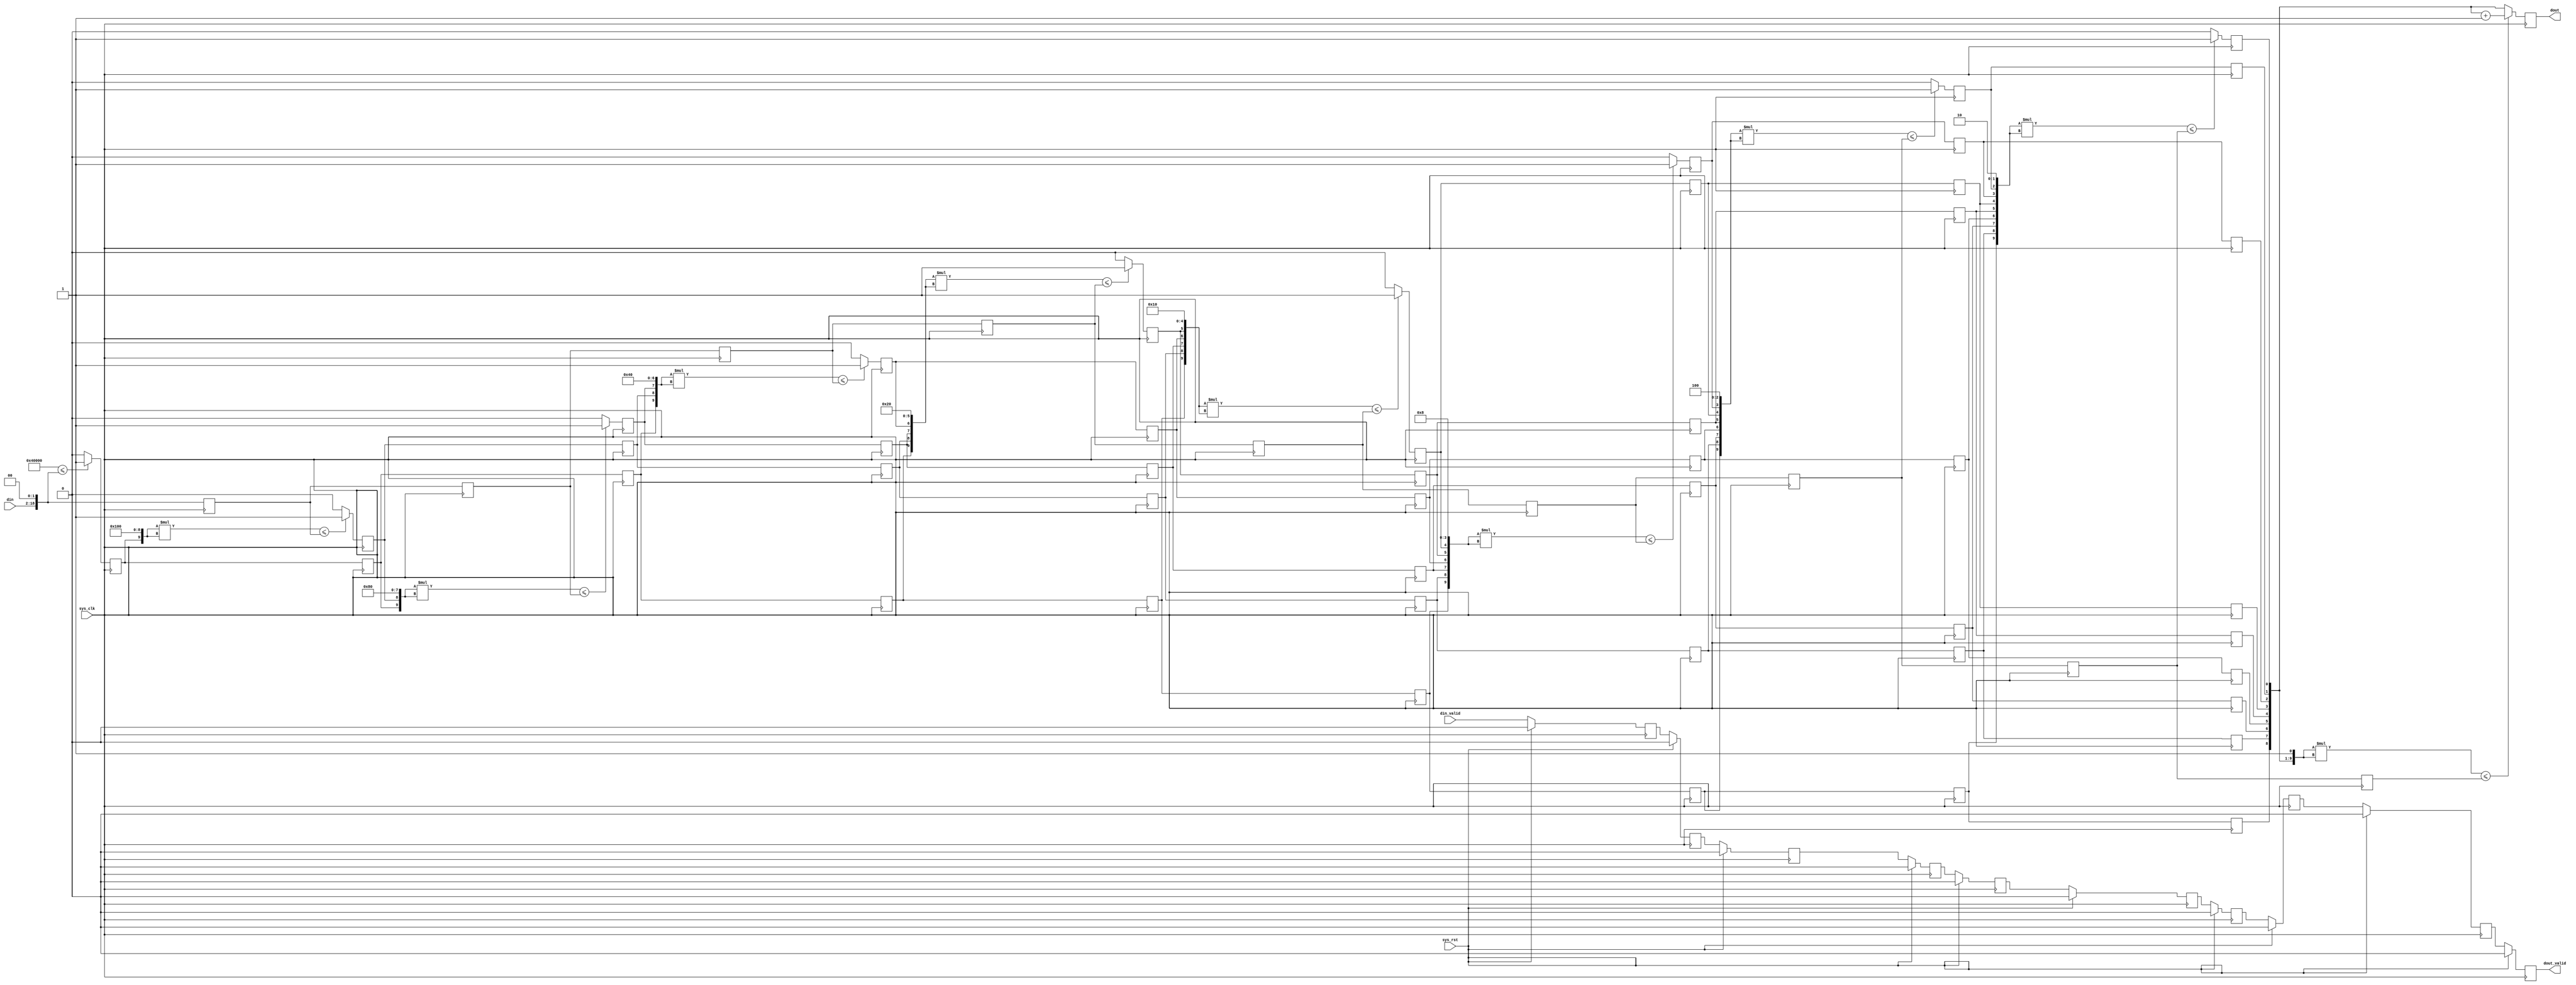
module sqrt
(
    input  wire                 sys_clk     ,
    input  wire                 sys_rst     ,
    input  wire     [16:0]      din         ,
    input  wire                 din_valid   ,
    output wire     [ 8:0]      dout        ,
    output wire                 dout_valid
);
//----------------------------------------------------------------------
//  c1
reg             [18:0]          data_c1;

always @(posedge sys_clk)
begin
    data_c1 <= {din,2'b0};
end

wire            [19:0]          mult_c1;
assign mult_c1 = 10'b10_0000_0000 * 10'b10_0000_0000;

reg                             bit8_c1;

always @(posedge sys_clk)
begin
    if(mult_c1 <= {din,2'b0})
        bit8_c1 <= 1'b1;
    else
        bit8_c1 <= 1'b0;
end

reg                             data_valid_c1;

always @(posedge sys_clk)
begin
    if(sys_rst == 1'b1)
        data_valid_c1 <= 1'b0;
    else
        data_valid_c1 <= din_valid;
end

//----------------------------------------------------------------------
//  c2
reg             [18:0]          data_c2;
reg                             bit8_c2;

always @(posedge sys_clk)
begin
    data_c2 <= data_c1;
    bit8_c2 <= bit8_c1;
end

wire            [19:0]          mult_c2;
assign mult_c2 = {bit8_c1,9'b1_0000_0000} * {bit8_c1,9'b1_0000_0000};

reg                             bit7_c2;

always @(posedge sys_clk)
begin
    if(mult_c2 <= data_c1)
        bit7_c2 <= 1'b1;
    else
        bit7_c2 <= 1'b0;
end

reg                             data_valid_c2;

always @(posedge sys_clk)
begin
    if(sys_rst == 1'b1)
        data_valid_c2 <= 1'b0;
    else
        data_valid_c2 <= data_valid_c1;
end

//----------------------------------------------------------------------
//  c3
reg             [18:0]          data_c3;
reg                             bit8_c3;
reg                             bit7_c3;

always @(posedge sys_clk)
begin
    data_c3 <= data_c2;
    bit8_c3 <= bit8_c2;
    bit7_c3 <= bit7_c2;
end

wire            [19:0]          mult_c3;
assign mult_c3 = {bit8_c2,bit7_c2,8'b1000_0000} * {bit8_c2,bit7_c2,8'b1000_0000};

reg                             bit6_c3;

always @(posedge sys_clk)
begin
    if(mult_c3 <= data_c2)
        bit6_c3 <= 1'b1;
    else
        bit6_c3 <= 1'b0;
end

reg                             data_valid_c3;

always @(posedge sys_clk)
begin
    if(sys_rst == 1'b1)
        data_valid_c3 <= 1'b0;
    else
        data_valid_c3 <= data_valid_c2;
end

//----------------------------------------------------------------------
//  c4
reg             [18:0]          data_c4;
reg                             bit8_c4;
reg                             bit7_c4;
reg                             bit6_c4;

always @(posedge sys_clk)
begin
    data_c4 <= data_c3;
    bit8_c4 <= bit8_c3;
    bit7_c4 <= bit7_c3;
    bit6_c4 <= bit6_c3;
end

wire            [19:0]          mult_c4;
assign mult_c4 = {bit8_c3,bit7_c3,bit6_c3,7'b100_0000} * {bit8_c3,bit7_c3,bit6_c3,7'b100_0000};

reg                             bit5_c4;

always @(posedge sys_clk)
begin
    if(mult_c4 <= data_c3)
        bit5_c4 <= 1'b1;
    else
        bit5_c4 <= 1'b0;
end

reg                             data_valid_c4;

always @(posedge sys_clk)
begin
    if(sys_rst == 1'b1)
        data_valid_c4 <= 1'b0;
    else
        data_valid_c4 <= data_valid_c3;
end

//----------------------------------------------------------------------
//  c5
reg             [18:0]          data_c5;
reg                             bit8_c5;
reg                             bit7_c5;
reg                             bit6_c5;
reg                             bit5_c5;

always @(posedge sys_clk)
begin
    data_c5 <= data_c4;
    bit8_c5 <= bit8_c4;
    bit7_c5 <= bit7_c4;
    bit6_c5 <= bit6_c4;
    bit5_c5 <= bit5_c4;
end

wire            [19:0]          mult_c5;
assign mult_c5 = {bit8_c4,bit7_c4,bit6_c4,bit5_c4,6'b10_0000} * {bit8_c4,bit7_c4,bit6_c4,bit5_c4,6'b10_0000};

reg                             bit4_c5;

always @(posedge sys_clk)
begin
    if(mult_c5 <= data_c4)
        bit4_c5 <= 1'b1;
    else
        bit4_c5 <= 1'b0;
end

reg                             data_valid_c5;

always @(posedge sys_clk)
begin
    if(sys_rst == 1'b1)
        data_valid_c5 <= 1'b0;
    else
        data_valid_c5 <= data_valid_c4;
end

//----------------------------------------------------------------------
//  c6
reg             [18:0]          data_c6;
reg                             bit8_c6;
reg                             bit7_c6;
reg                             bit6_c6;
reg                             bit5_c6;
reg                             bit4_c6;

always @(posedge sys_clk)
begin
    data_c6 <= data_c5;
    bit8_c6 <= bit8_c5;
    bit7_c6 <= bit7_c5;
    bit6_c6 <= bit6_c5;
    bit5_c6 <= bit5_c5;
    bit4_c6 <= bit4_c5;
end

wire            [19:0]          mult_c6;
assign mult_c6 = {bit8_c5,bit7_c5,bit6_c5,bit5_c5,bit4_c5,5'b1_0000} * {bit8_c5,bit7_c5,bit6_c5,bit5_c5,bit4_c5,5'b1_0000};

reg                             bit3_c6;

always @(posedge sys_clk)
begin
    if(mult_c6 <= data_c5)
        bit3_c6 <= 1'b1;
    else
        bit3_c6 <= 1'b0;
end

reg                             data_valid_c6;

always @(posedge sys_clk)
begin
    if(sys_rst == 1'b1)
        data_valid_c6 <= 1'b0;
    else
        data_valid_c6 <= data_valid_c5;
end

//----------------------------------------------------------------------
//  c7
reg             [18:0]          data_c7;
reg                             bit8_c7;
reg                             bit7_c7;
reg                             bit6_c7;
reg                             bit5_c7;
reg                             bit4_c7;
reg                             bit3_c7;

always @(posedge sys_clk)
begin
    data_c7 <= data_c6;
    bit8_c7 <= bit8_c6;
    bit7_c7 <= bit7_c6;
    bit6_c7 <= bit6_c6;
    bit5_c7 <= bit5_c6;
    bit4_c7 <= bit4_c6;
    bit3_c7 <= bit3_c6;
end

wire            [19:0]          mult_c7;
assign mult_c7 = {bit8_c6,bit7_c6,bit6_c6,bit5_c6,bit4_c6,bit3_c6,4'b1000} * {bit8_c6,bit7_c6,bit6_c6,bit5_c6,bit4_c6,bit3_c6,4'b1000};

reg                             bit2_c7;

always @(posedge sys_clk)
begin
    if(mult_c7 <= data_c6)
        bit2_c7 <= 1'b1;
    else
        bit2_c7 <= 1'b0;
end

reg                             data_valid_c7;

always @(posedge sys_clk)
begin
    if(sys_rst == 1'b1)
        data_valid_c7 <= 1'b0;
    else
        data_valid_c7 <= data_valid_c6;
end

//----------------------------------------------------------------------
//  c8
reg             [18:0]          data_c8;
reg                             bit8_c8;
reg                             bit7_c8;
reg                             bit6_c8;
reg                             bit5_c8;
reg                             bit4_c8;
reg                             bit3_c8;
reg                             bit2_c8;

always @(posedge sys_clk)
begin
    data_c8 <= data_c7;
    bit8_c8 <= bit8_c7;
    bit7_c8 <= bit7_c7;
    bit6_c8 <= bit6_c7;
    bit5_c8 <= bit5_c7;
    bit4_c8 <= bit4_c7;
    bit3_c8 <= bit3_c7;
    bit2_c8 <= bit2_c7;
end

wire            [19:0]          mult_c8;
assign mult_c8 = {bit8_c7,bit7_c7,bit6_c7,bit5_c7,bit4_c7,bit3_c7,bit2_c7,3'b100} * {bit8_c7,bit7_c7,bit6_c7,bit5_c7,bit4_c7,bit3_c7,bit2_c7,3'b100};

reg                             bit1_c8;

always @(posedge sys_clk)
begin
    if(mult_c8 <= data_c7)
        bit1_c8 <= 1'b1;
    else
        bit1_c8 <= 1'b0;
end

reg                             data_valid_c8;

always @(posedge sys_clk)
begin
    if(sys_rst == 1'b1)
        data_valid_c8 <= 1'b0;
    else
        data_valid_c8 <= data_valid_c7;
end

//----------------------------------------------------------------------
//  c9
reg             [18:0]          data_c9;
reg                             bit8_c9;
reg                             bit7_c9;
reg                             bit6_c9;
reg                             bit5_c9;
reg                             bit4_c9;
reg                             bit3_c9;
reg                             bit2_c9;
reg                             bit1_c9;

always @(posedge sys_clk)
begin
    data_c9 <= data_c8;
    bit8_c9 <= bit8_c8;
    bit7_c9 <= bit7_c8;
    bit6_c9 <= bit6_c8;
    bit5_c9 <= bit5_c8;
    bit4_c9 <= bit4_c8;
    bit3_c9 <= bit3_c8;
    bit2_c9 <= bit2_c8;
    bit1_c9 <= bit1_c8;
end

wire            [19:0]          mult_c9;
assign mult_c9 = {bit8_c8,bit7_c8,bit6_c8,bit5_c8,bit4_c8,bit3_c8,bit2_c8,bit1_c8,2'b10} * {bit8_c8,bit7_c8,bit6_c8,bit5_c8,bit4_c8,bit3_c8,bit2_c8,bit1_c8,2'b10};

reg                             bit0_c9;

always @(posedge sys_clk)
begin
    if(mult_c9 <= data_c8)
        bit0_c9 <= 1'b1;
    else
        bit0_c9 <= 1'b0;
end

reg                             data_valid_c9;

always @(posedge sys_clk)
begin
    if(sys_rst == 1'b1)
        data_valid_c9 <= 1'b0;
    else
        data_valid_c9 <= data_valid_c8;
end

//----------------------------------------------------------------------
//  c10
wire            [19:0]          mult_c10;
assign mult_c10 = {bit8_c9,bit7_c9,bit6_c9,bit5_c9,bit4_c9,bit3_c9,bit2_c9,bit1_c9,bit0_c9,1'b1} * {bit8_c9,bit7_c9,bit6_c9,bit5_c9,bit4_c9,bit3_c9,bit2_c9,bit1_c9,bit0_c9,1'b1};

reg             [8:0]           result_c10;

always @(posedge sys_clk)
begin
    if(mult_c10 <= data_c9)
        result_c10 <= {bit8_c9,bit7_c9,bit6_c9,bit5_c9,bit4_c9,bit3_c9,bit2_c9,bit1_c9,bit0_c9} + 1'b1;
    else
        result_c10 <= {bit8_c9,bit7_c9,bit6_c9,bit5_c9,bit4_c9,bit3_c9,bit2_c9,bit1_c9,bit0_c9};
end

reg                             result_valid_c10;

always @(posedge sys_clk)
begin
    if(sys_rst == 1'b1)
        result_valid_c10 <= 1'b0;
    else
        result_valid_c10 <= data_valid_c9;
end

//----------------------------------------------------------------------
assign dout = result_c10;
assign dout_valid = result_valid_c10;

endmodule